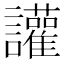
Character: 讙